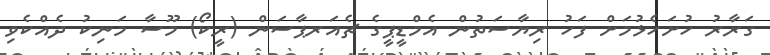
ގަރާރު ހުށަހެޅުމަށް ފަހު ރިޔާސަތުން އެމްޑީޕީގެ ޗެއަރޕާސަން (ރީކޯ) މޫސާ މަނިކު ދެއްކެވި